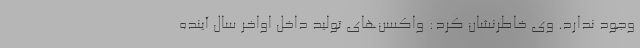
وجود ندارد. وی خاطرنشان کرد: واکسن‌های تولید داخل اواخر سال آینده